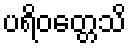
ပရိဝတ္တေသိ